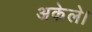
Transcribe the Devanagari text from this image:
अकेले।